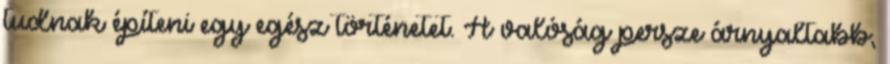
tudnak építeni egy egész történetet. A valóság persze árnyaltabb,